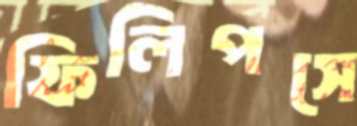
ফিলিপসে